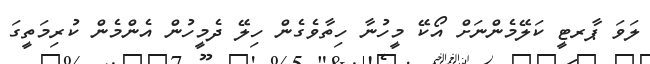
ލަވަ ޕާރޓީ ކަލޭމެންނަށް އޯކޭ މީހުނާ ހިތާވެގެން ހިލޭ ދެމީހުން އެންމެން ކުރިމަތީގަ